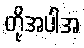
တို့အပါအ